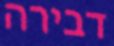
דבירה